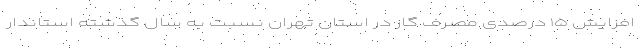
افزایش ۱۵ درصدی مصرف گاز در استان تهران نسبت به سال گذشته استاندار